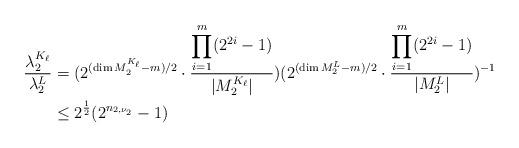
LaTeX: \begin{align*} \frac{\lambda_2^{K_{\ell}}}{\lambda_2^L}&=(2^{(\dim M_2^{K_{\ell}}-m)/2}\cdot\frac{\displaystyle{\prod_{i=1}^{m}}(2^{2i}-1)}{|M_2^{K_{\ell}}|})(2^{(\dim M_2^L-m)/2}\cdot\frac{\displaystyle{\prod_{i=1}^{m}}(2^{2i}-1)}{|M_2^L|})^{-1}\\ &\leq 2^{\frac{1}{2}}(2^{n_{2,\nu_2}}-1)\end{align*}